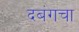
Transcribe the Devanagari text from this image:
दबंगचा